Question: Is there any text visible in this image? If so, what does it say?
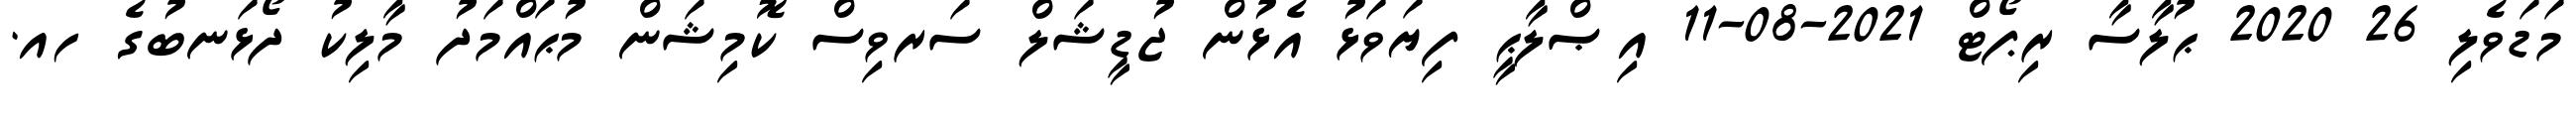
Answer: މަޑަވެލި 26 2020 ޙުލާސާ ރިޕޯޓް 2021-08-11 އިޞްލާޙީ ފިޔަވަޅު އެޅުން ޖުޑީޝަލް ސަރވިސް ކޮމިޝަން މުޙައްމަދު މާލިކު ދޯޅަނބުގެ ހއ.